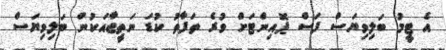
އެ ޓީމު ބަލިވިޔަސް ފަސް ޕޮއިންޓަށް ވުރެ ތަފާތު ކުޑަ ނަތީޖާއަކުން ބަލިވިޔަސް